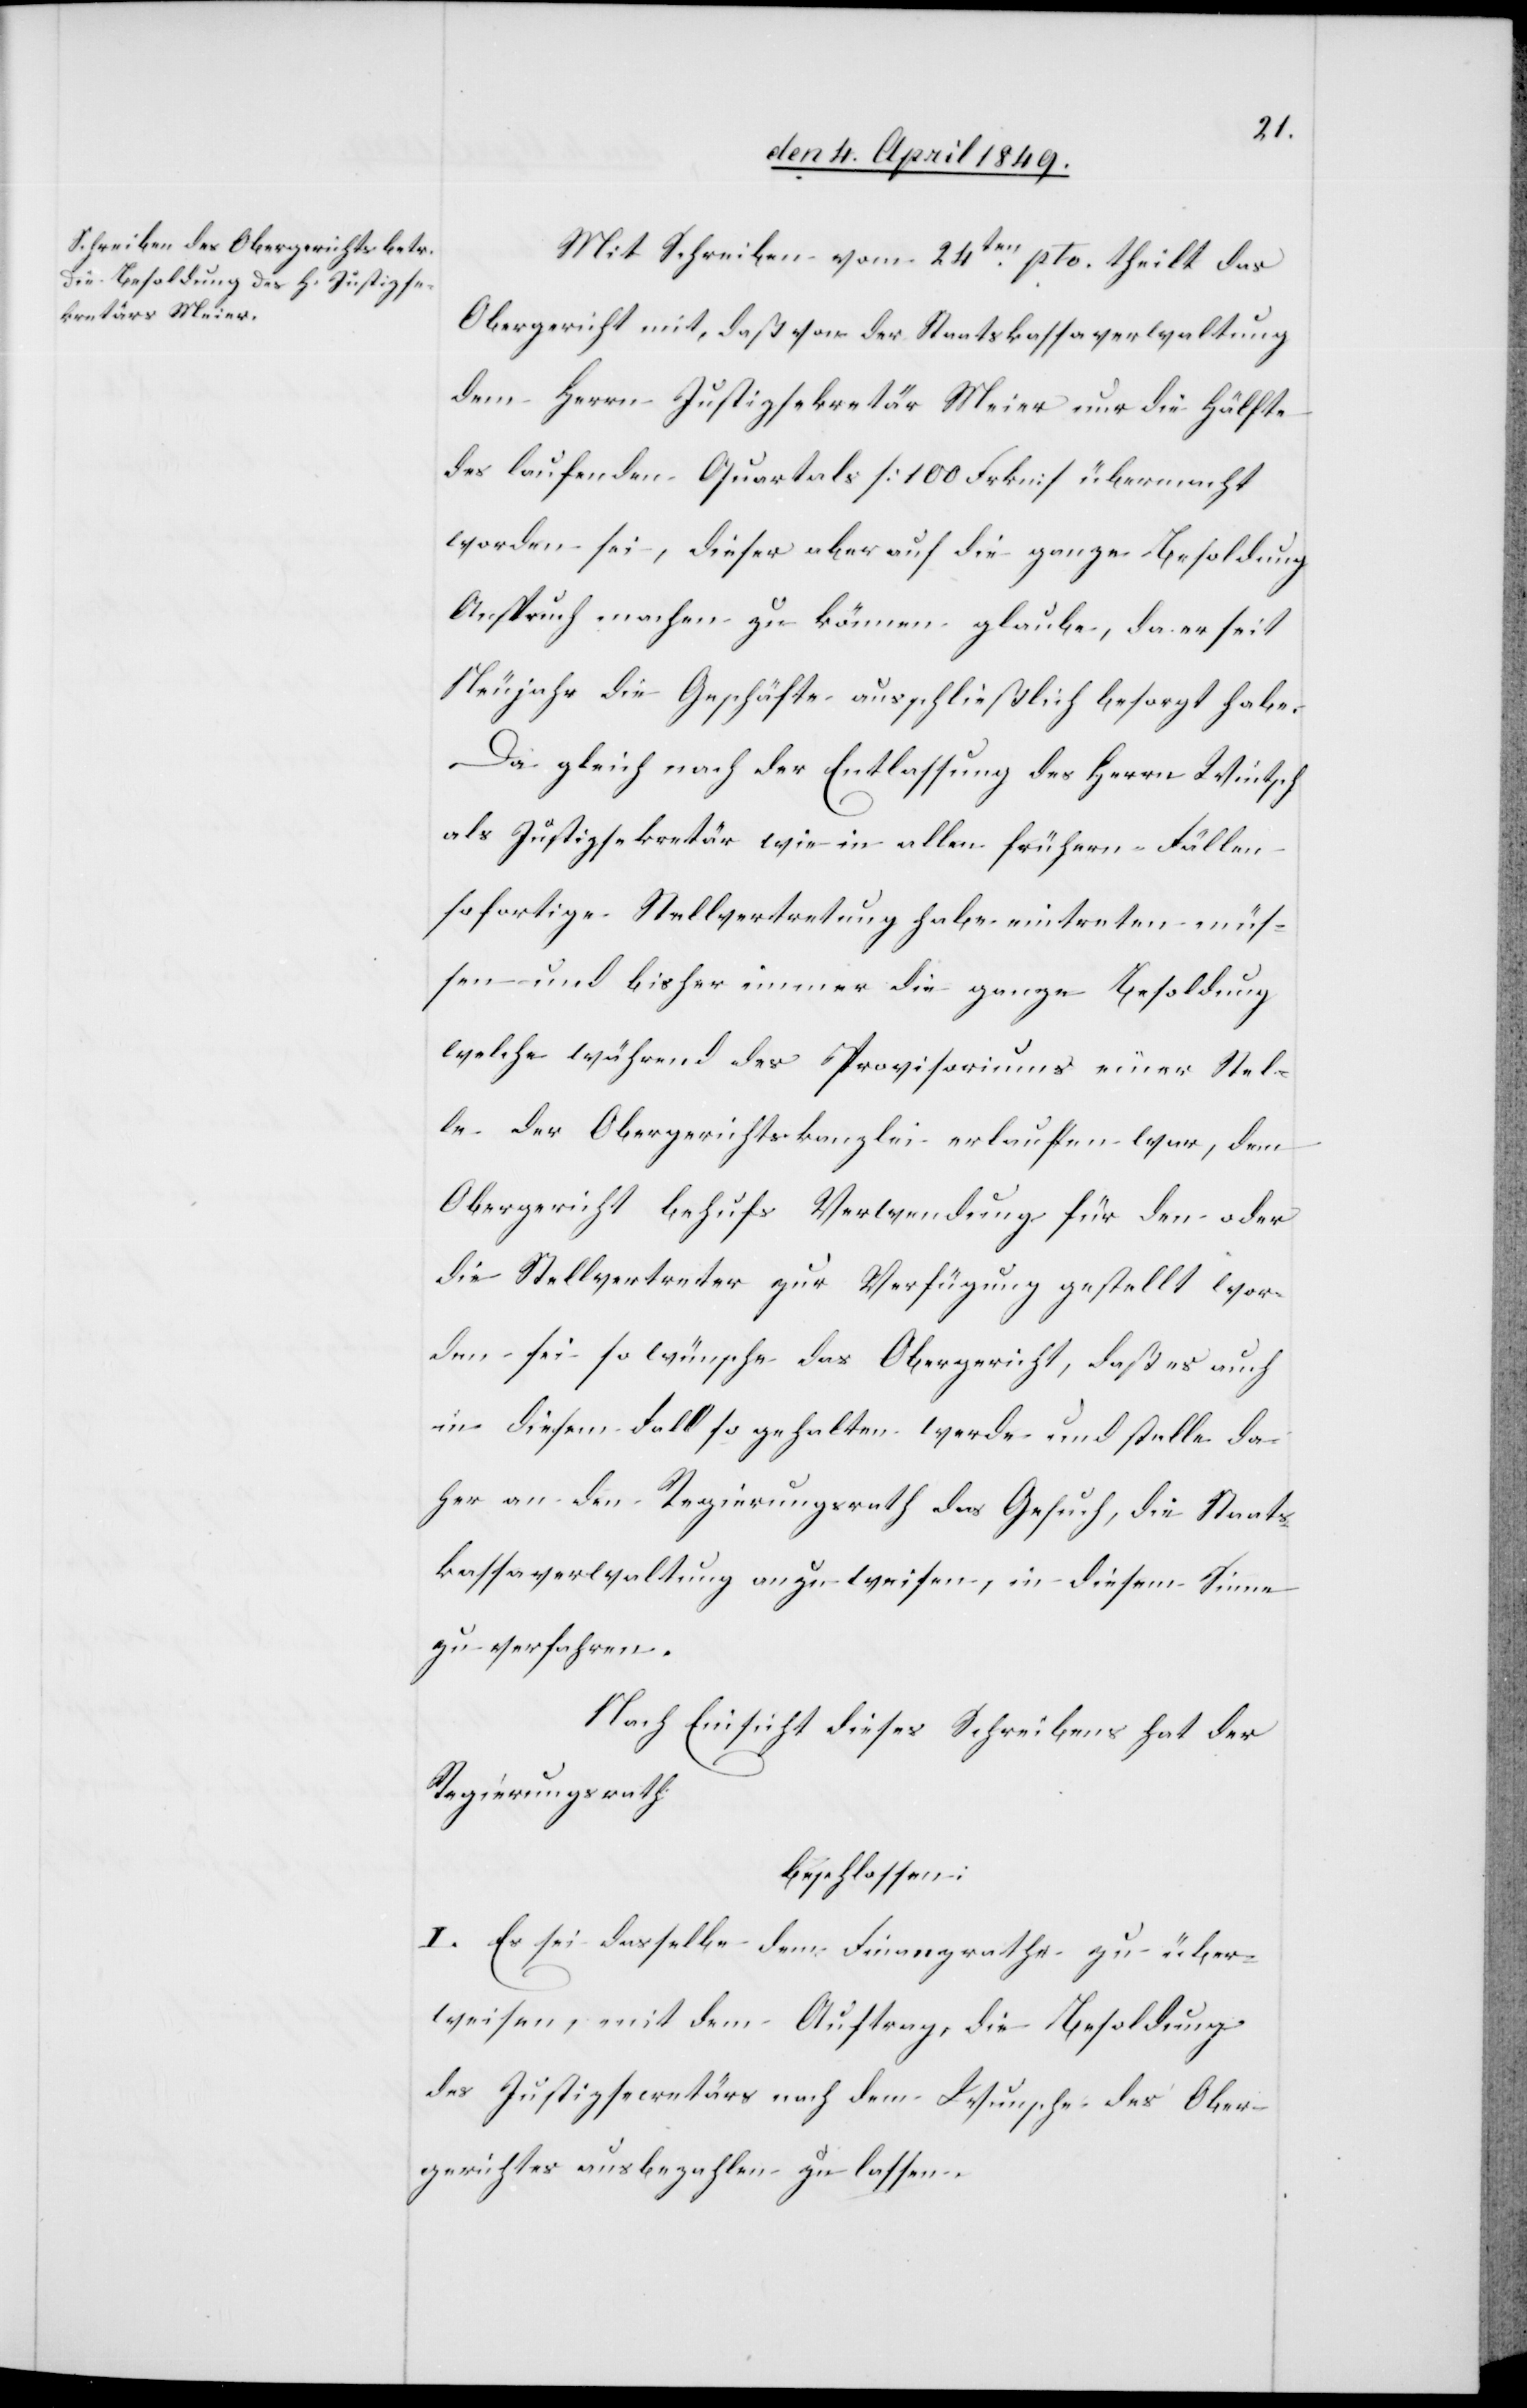
Mit Schreiben vom 24ten pto. theilt das
Obergericht mit, daß von der Staatskassaverwaltung
dem Herrn Justizsekretär Meier nur die Hälfte
des laufenden Quartals [100. Frkn] übermacht
worden sei, dieser aber auf die ganze Besoldung
Anspruch machen zu können glaube, da er seit
Neujahr die Geschäfte ausschließlich besorgt habe.
Da gleich nach der Entlassung des Herrn Wintsch
als Justizsekretär wie in allen frühern Fällen
sofortige Stellvertretung habe eintreten müs¬
sen und bisher immer die ganze Besoldung
welche während des Provisoriums einer Stel¬
le der Obergerichtskanzlei erlauffen war, dem
Obergericht behufs Verwendung für den oder
die Stellvertreter zur Verfügung gestellt wor¬
den sei so wünsche das Obergericht, daß es auch
in diesem Fall so gehalten werde und stelle da¬
her an den Regierungsrath das Gesuch, die Staats¬
kassaverwaltung anzuweisen, in diesem Sinne
zu verfahren.
Nach Einsicht dieses Schreibens hat der
Regierungsrath
beschlossen:
I. Es sei dasselbe dem Finanzrathe zu über¬
weisen, mit dem Auftrag, die Besoldung
des Justizsecretär nach dem Wunsche des Ober¬
gerichtes ausbezahlen zu lassen.